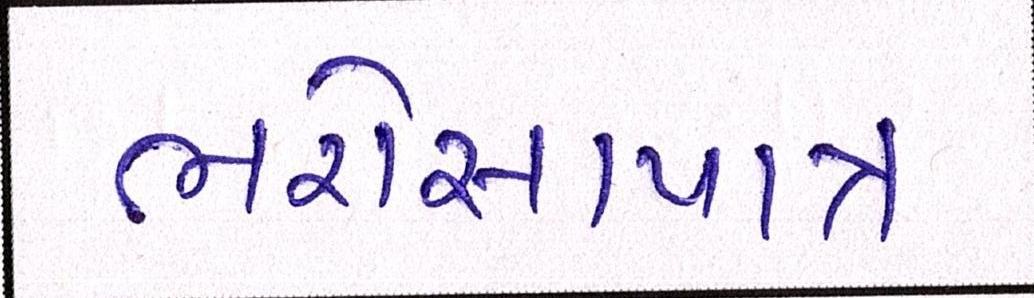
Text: ભરોસાપાત્ર